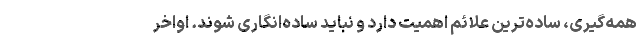
همه‌گیری، ساده‌ترین علائم اهمیت دارد و نباید ساده‌انگاری شوند. اواخر